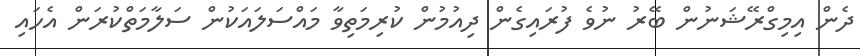
ދެން އިމިގްރޭޝަނުން ބޭރު ނުވެ ފުރައިގެން ދިއުމުން ކުރިމަތިވާ މައްސަލައަކުން ސަލާމަތްކުރަން އެހައި